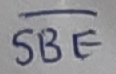
Text: SBE